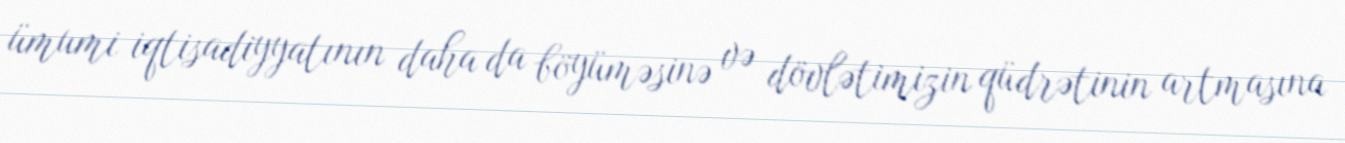
ümumi iqtisadiyyatının daha da böyüməsinə və dövlətimizin qüdrətinin artmasına